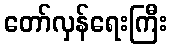
တော်လှန်ရေးကြီး